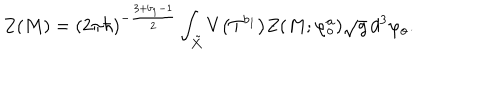
LaTeX: Z ( M ) = ( 2 \pi \hbar ) ^ { - \frac { 3 + b _ { 1 } - 1 } { 2 } } \int _ { \tilde { X } } V \big ( T ^ { b _ { 1 } } \big ) Z ( M ; \varphi _ { \mathrm { o } } ^ { a } ) \sqrt { g } \, d ^ { 3 } \varphi _ { \mathrm { o } } .